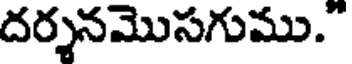
దర్శనమొసగుము."